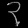
Digit: ၃